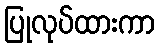
ပြုလုပ်ထားကာ